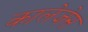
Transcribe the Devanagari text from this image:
कालेजेस